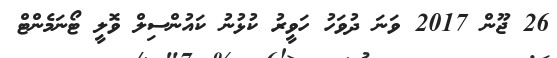
26 ޖޫން 2017 ވަނަ ދުވަހު ހަވީރު ކުޅުނު ކައުންސިލް ވޮލީ ޓޯނަމެންޓް